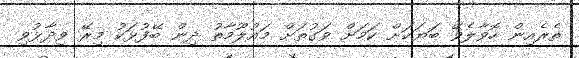
ތެރެއިން ހޮވާލެވޭ ބަޔަކަށް ކަމަށް ވަގުތަށް މައުލޫމާތު ދިން ބޭފުޅަކު މިރޭ ވިދާޅުވި